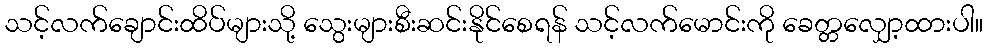
သင့်လက်ချောင်းထိပ်များသို့ သွေးများစီးဆင်းနိုင်စေရန် သင့်လက်မောင်းကို ခေတ္တလျှော့ထားပါ။